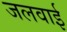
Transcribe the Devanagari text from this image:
जलवाई